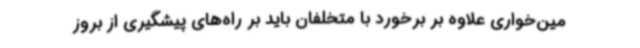
مین‌خواری علاوه بر برخورد با متخلفان باید بر راه‌های پیشگیری از بروز